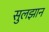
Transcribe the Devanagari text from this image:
सुलझान